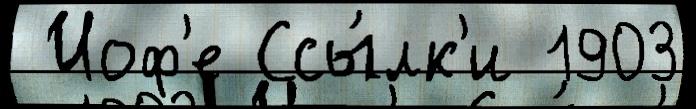
 Иоф'е Ссы́лк'и 1903